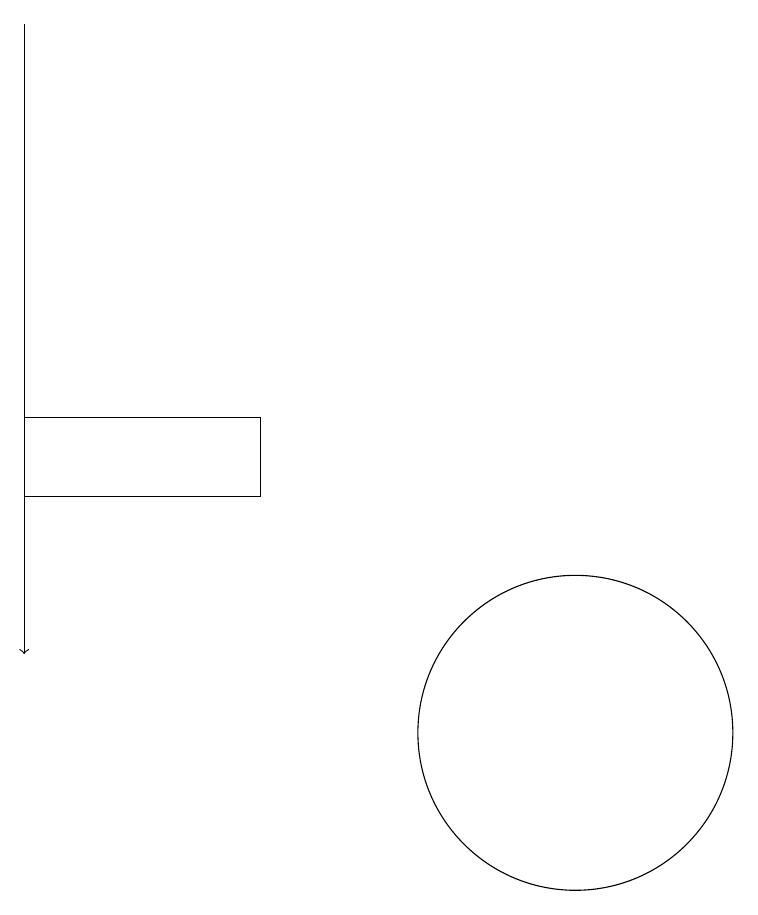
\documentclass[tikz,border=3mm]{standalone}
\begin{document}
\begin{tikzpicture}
\draw (10,10) circle (2);
\draw[->] (3,19) -- (3,11);
\draw (6,14) rectangle (3,13);
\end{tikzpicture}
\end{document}